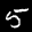
Label: 5